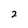
Character: 2